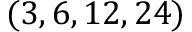
( 3 , 6 , 1 2 , 2 4 )